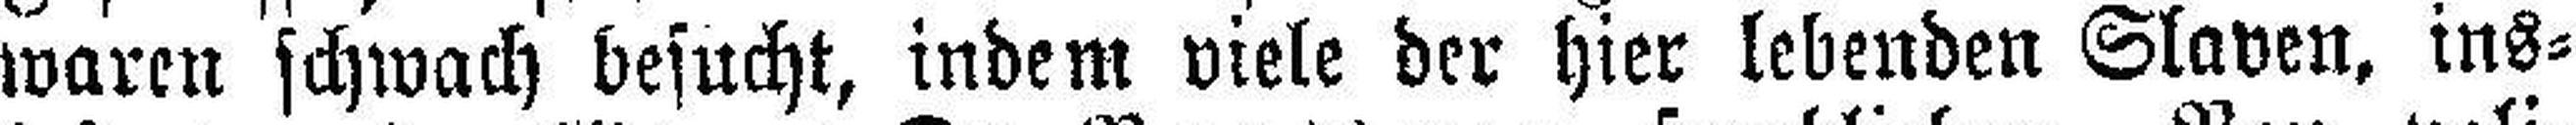
waren schwach besucht, indem viele der hier lebenden Slaven, ins¬